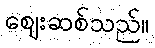
ဈေးဆစ်သည်။